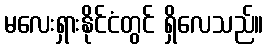
မလေးရှားနိုင်ငံတွင် ရှိလေသည်။